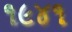
૧૯૪૧